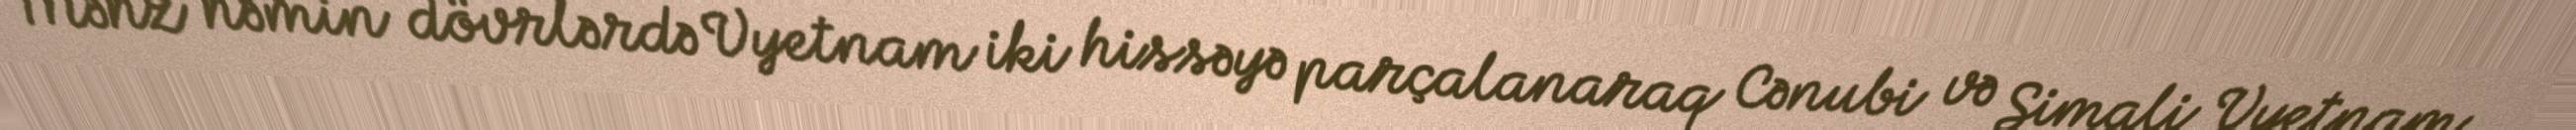
Məhz həmin dövrlərdə Vyetnam iki hissəyə parçalanaraq Cənubi və Şimali Vyetnam